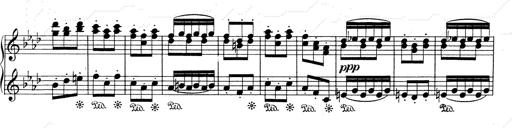
Title: Mephisto Waltz No.1
Composer: Franz Liszt